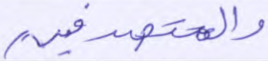
والمتصدقين